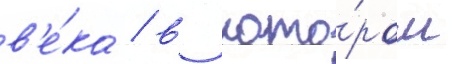
в'е́ка / в кото́ром